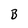
Character: B